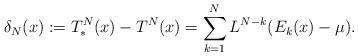
LaTeX: \begin{align*} \delta_N(x) := T_*^N(x) - T^N(x) = \sum_{k=1}^{N} L^{N-k} ( E_k(x) - \mu ).\end{align*}